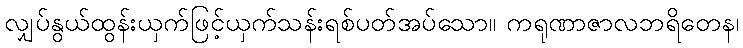
လျှပ်နွယ်ထွန်းယှက်ဖြင့်ယှက်သန်းရစ်ပတ်အပ်သော။ ကရုဏာဇာလဘရိတေန၊